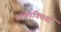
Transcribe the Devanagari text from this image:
नाभपंक्तियों